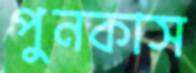
পুনকাস